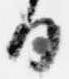
日